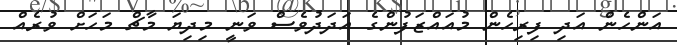
އަންހެން އަދި ފިރިހެން މުއައްޒަފުންގެ އަދަދުވެސް ވަނީ މިދިޔަ މާޗް މަހަށް ވުރެއް